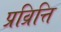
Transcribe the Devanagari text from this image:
प्रव्रित्ति